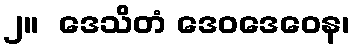
၂။  ဒေသိတံ ဒေဝဒေဝေန၊